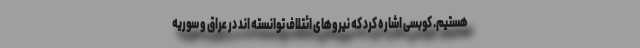
هستیم. کوبسی اشاره کرد که نیروهای ائتلاف توانسته اند در عراق و سوریه